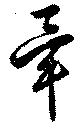
畢